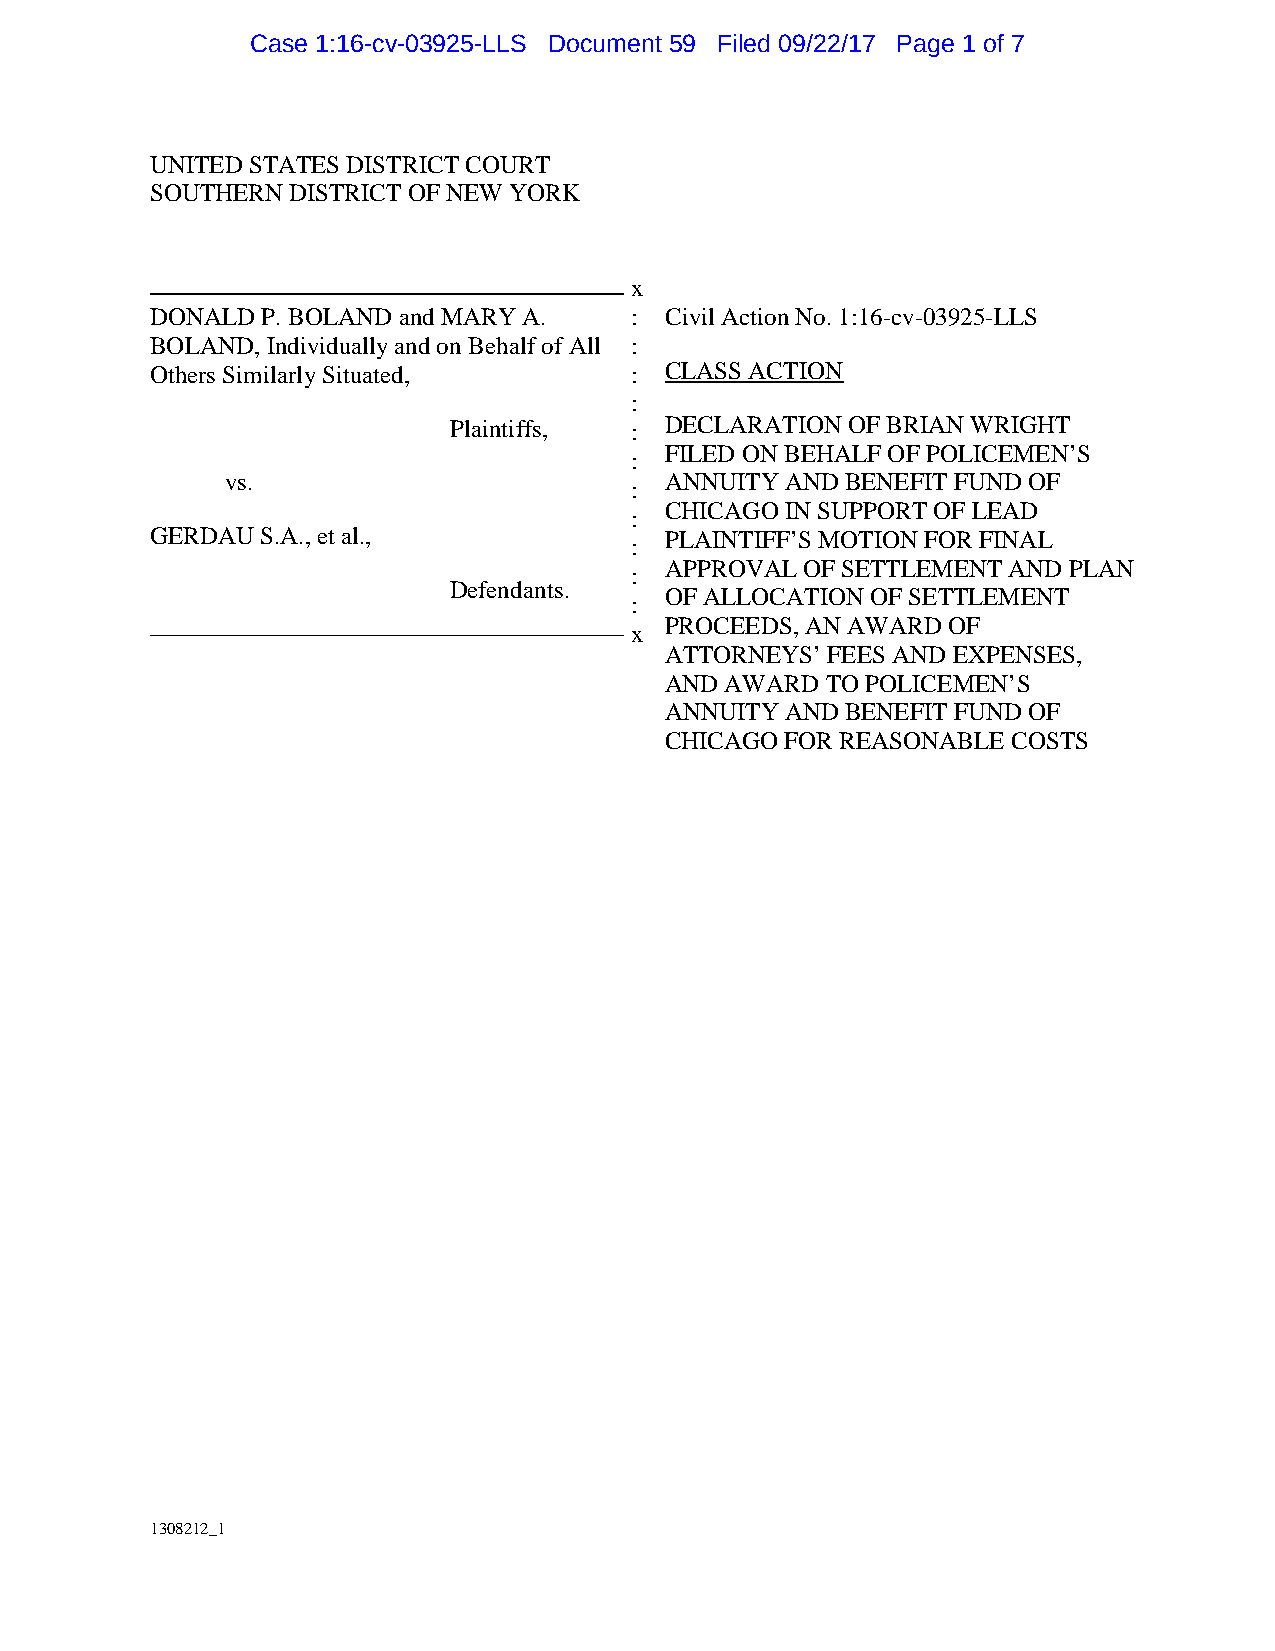
Case 1:16-cv-03925-LLS Document 59 Filed 09/22/17 Page 1 of 7
 UNITED STATES DISTRICT COURT
 SOUTHERN DISTRICT OF NEW YORK
 x
 DONALD P. BOLAND and MARY A.    : Civil Action No. 1:16-cv-03925-LLS
 BOLAND, Individually and on Behalf of All :
 Others Similarly Situated,      : CLASS ACTION
 :
 Plaintiffs, : DECLARATION OF BRIAN WRIGHT
 FILED ON BEHALF OF POLICEMEN’S
 :
 vs.                          ANNUITY AND BENEFIT FUND OF
 :
 CHICAGO IN SUPPORT OF LEAD
 :
 GERDAU S.A., et al.,              PLAINTIFF’S MOTION FOR FINAL
 :
 APPROVAL OF SETTLEMENT AND PLAN
 :
 Defendants.
 OF ALLOCATION OF SETTLEMENT
 :
 PROCEEDS, AN AWARD OF
 x
 ATTORNEYS’ FEES AND EXPENSES,
 AND AWARD  TO POLICEMEN’S
 ANNUITY AND BENEFIT FUND OF
 CHICAGO FOR REASONABLE COSTS
 1308212_1